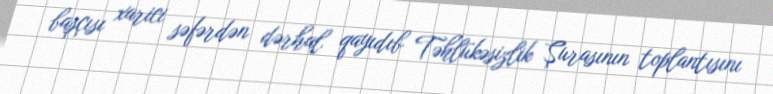
başçısı xarici səfərdən dərhal qayıdıb Təhlükəsizlik Şurasının toplantısını